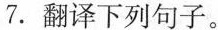
7. 翻译下列句子。